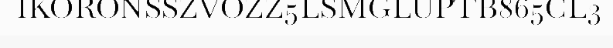
IKORONSSZVOZZ5LSMGLUPTB865CL3